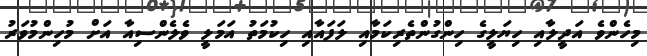
މިހެންވެ އަދީލާއި ހިޔަލީގެ ހިންގުންތެރިކަމާއި ލަފައާއި ހިކުމަތު އަމަލީ ވެލެންސިއާ އަށް މުހިންމުވަރު